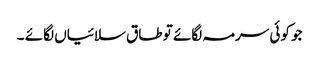
جو کوئی سرمہ لگائے تو طاق سلائیاں لگائے ۔